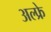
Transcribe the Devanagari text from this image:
अल्फ्रे